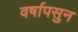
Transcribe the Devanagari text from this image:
वर्षापसुन